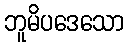
ဘူမိပဒေသော